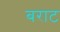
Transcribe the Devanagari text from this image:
बराट